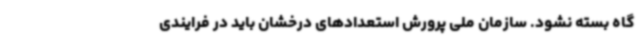
گاه بسته نشود. سازمان ملی پرورش استعدادهای درخشان باید در فرایندی